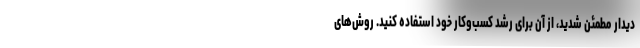
دیدار مطمئن شدید، از آن برای رشد کسب‌وکار خود استفاده کنید. روش‌های